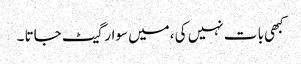
کبھی با ت نہیں کی ،میں سوار گیٹ جاتا ۔